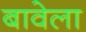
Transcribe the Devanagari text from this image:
बावेला